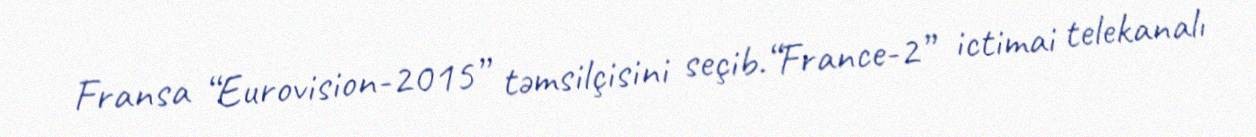
Fransa “Eurovision-2015” təmsilçisini seçib.“France-2” ictimai telekanalı